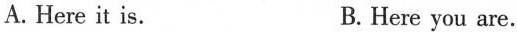
A.Here it is. B. Here you are.